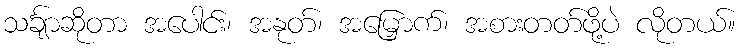
သင်္ချာဆိုတာ အပေါင်း၊ အနုတ်၊ အမြှောက်၊ အစားတတ်ဖို့ပဲ လိုတယ်။